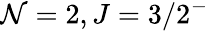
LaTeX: \mathcal{N}=2,J=3/2^{-}